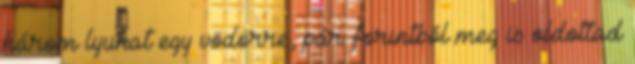
három lyukat egy vödörre, pár forintból meg is oldottad